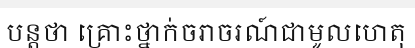
បន្តថា គ្រោះថ្នាក់ចរាចរណ៍ជាមូលហេតុ